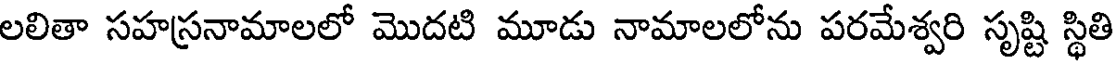
లలితా సహస్రనామాలలో మొదటి మూడు నామాలలోను పరమేశ్వరి సృష్టి స్థితి